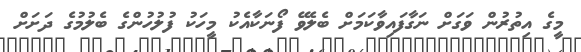
މީގެ އިތުރުން ވަގަށް ނަގާފައިވާކަމަށް ބެލެވޭ ފޯނަކާއެކު މީހަކު ފުލުހުންގެ ބެލުމުގެ ދަށަށް